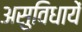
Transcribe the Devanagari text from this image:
असुविधायें